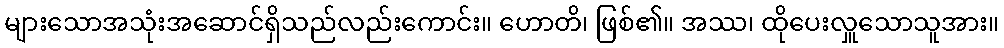
များသောအသုံးအဆောင်ရှိသည်လည်းကောင်း။ ဟောတိ၊ ဖြစ်၏။ အဿ၊ ထိုပေးလှူသောသူအား။